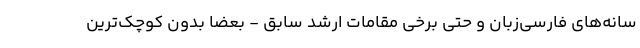
سانه‌های فارسی‌زبان و حتی برخی مقامات ارشد سابق - بعضاً بدون کوچک‌ترین